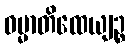
ဓမ္မာတိထေယျဉ္စ